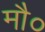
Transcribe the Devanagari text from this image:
मौ०